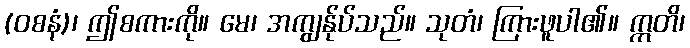
(ဝစနံ)၊ ဤစကားကို။ မေ၊ အကျွန်ုပ်သည်။ သုတံ၊ ကြားဖူပါ၏။ ဣတိ၊